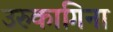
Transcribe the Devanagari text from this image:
उरुकागिना